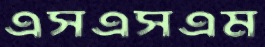
এসএসএম